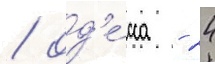
/ од'е́сса - 24